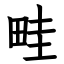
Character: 畦